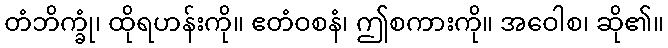
တံဘိက္ခုံ၊ ထိုရဟန်းကို။ ဧတံဝစနံ၊ ဤစကားကို။ အဝေါစ၊ ဆို၏။